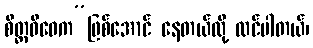
စိတ္တဝိဝေက”ဖြစ်အောင် နေတယ်လို့ ထင်ပါတယ်၊